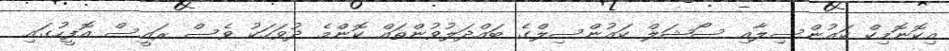
އިކޮނޮމިކް ކައުންސިލާއި ސޯޝަލް ކައުންސިލްގެ ބައްދަލުވުންތައް ކޮންމެ ދުވަހަކު ވެސް ރައީސް އޮފީހުގައި